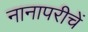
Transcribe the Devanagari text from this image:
नानापरीचें